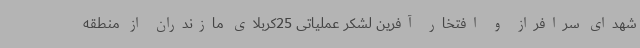
شهدای سرافراز و افتخار آفرین لشکر عملیاتی 25کربلای مازندران از منطقه